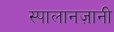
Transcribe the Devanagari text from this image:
स्पालानज़ानी